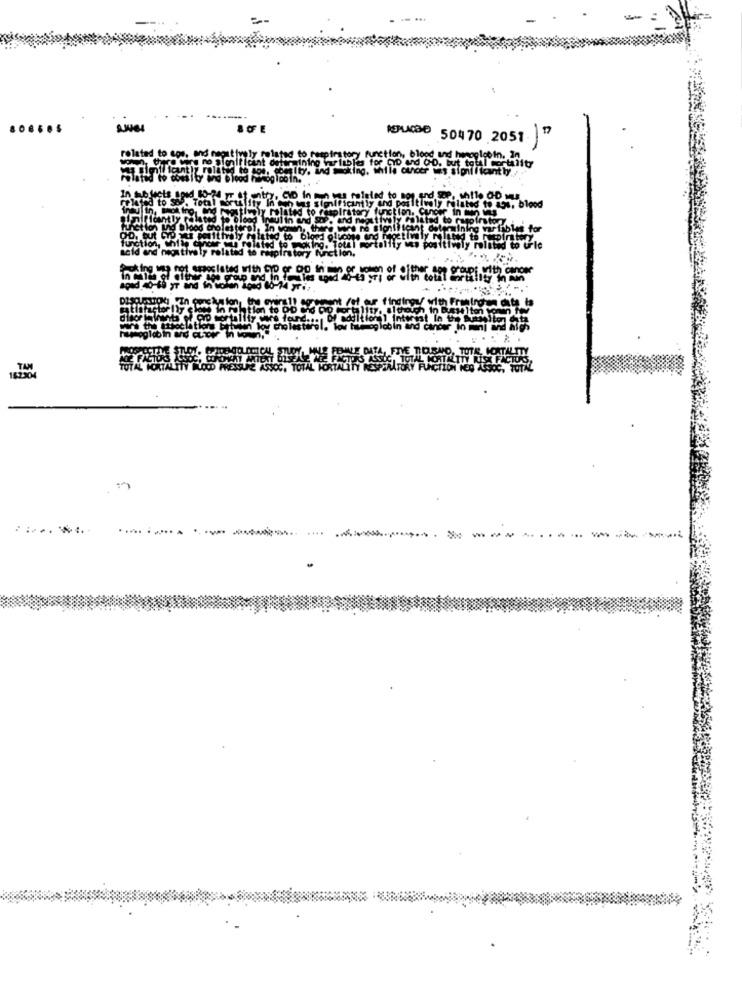
---
-
-
NEPUCDE 50470 2051 "
relat
related to Ce
s for CD and CD, but total mortality
Ion, blood and honoglot in
Icant determining
ting.
g. while ourcer ws significantly ..
L, blood
for
os lated with Op of Do WES
apad 40-19 yr and
satisfactor Ily <
www the twoelit
---